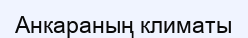
Анкараның климаты